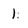
Character: 1